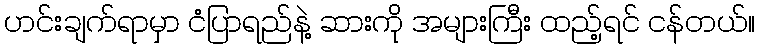
ဟင်းချက်ရာမှာ ငံပြာရည်နဲ့ ဆားကို အများကြီး ထည့်ရင် ငန်တယ်။